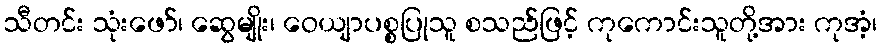
သီတင်း သုံးဖော်၊ ဆွေမျိုး၊ ဝေယျာပစ္စပြုသူ စသည်ဖြင့် ကုကောင်းသူတို့အား ကုအံ့၊